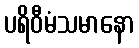
ပရိဝီမံသမာနော